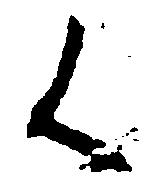
く